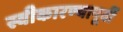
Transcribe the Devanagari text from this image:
स्वीकारण्यापूर्वी